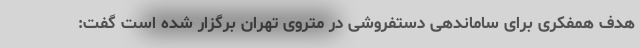
هدف همفکری برای ساماندهی دستفروشی در متروی تهران برگزار شده است گفت: